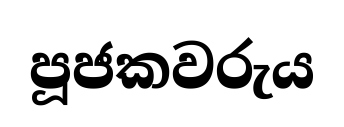
පූජකවරුය